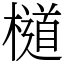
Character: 檤